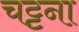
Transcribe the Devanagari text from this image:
चट्टना